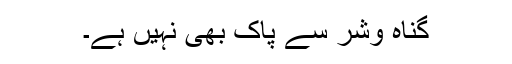
گناہ وشر سے پاک بھی نہیں ہے۔